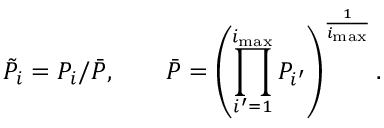
\tilde { P } _ { i } = P _ { i } / \bar { P } , \qquad \bar { P } = \left( \prod _ { i ^ { \prime } = 1 } ^ { i _ { \mathrm { m a x } } } P _ { i ^ { \prime } } \right) ^ { \frac 1 { i _ { \mathrm { m a x } } } } .